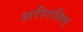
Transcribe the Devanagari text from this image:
शरीरातिल्